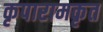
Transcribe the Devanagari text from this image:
कृपारामकृत